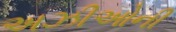
અઝીઓની